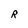
Character: R